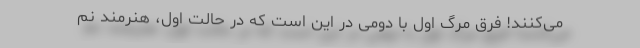
می‌کنند! فرق مرگ اول با دومی در این است که در حالت اول، هنرمند نم